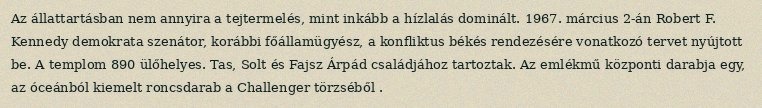
Az állattartásban nem annyira a tejtermelés, mint inkább a hízlalás dominált. 1967. március 2-án Robert F. Kennedy demokrata szenátor, korábbi főállamügyész, a konfliktus békés rendezésére vonatkozó tervet nyújtott be. A templom 890 ülőhelyes. Tas, Solt és Fajsz Árpád családjához tartoztak. Az emlékmű központi darabja egy, az óceánból kiemelt roncsdarab a Challenger törzséből .